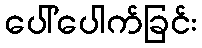
ပေါ်ပေါက်ခြင်း